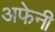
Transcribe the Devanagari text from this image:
अफेनी